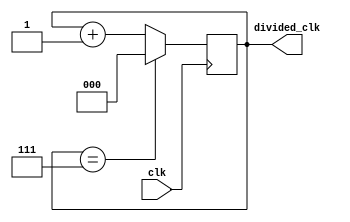
module timing_control_sync_block (
    input wire clk,
    output reg [2:0] divided_clk
);

reg [2:0] count;

always @(posedge clk) begin
    if (count == 3'd7) begin
        count <= 3'd0;
    end else begin
        count <= count + 1;
    end
end

assign divided_clk = count;

endmodule